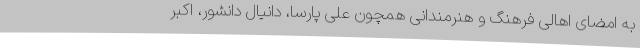
به امضای اهالی فرهنگ و هنرمندانی همچون علی پارسا، دانیال دانشور، اکبر